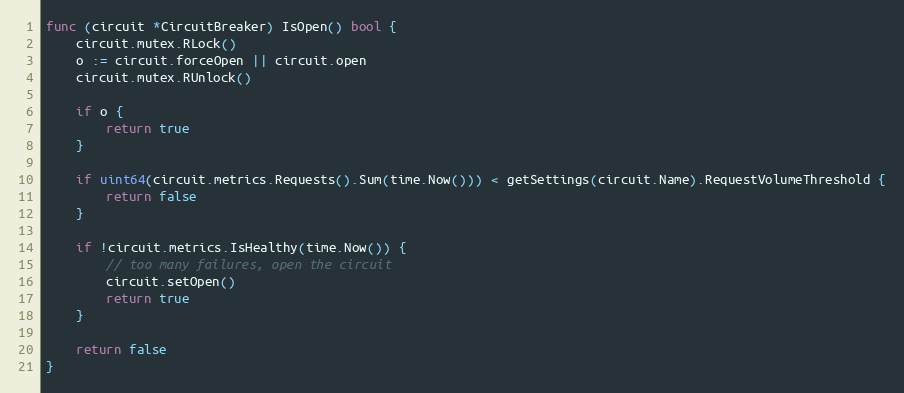
Language: Go
func (circuit *CircuitBreaker) IsOpen() bool {
	circuit.mutex.RLock()
	o := circuit.forceOpen || circuit.open
	circuit.mutex.RUnlock()

	if o {
		return true
	}

	if uint64(circuit.metrics.Requests().Sum(time.Now())) < getSettings(circuit.Name).RequestVolumeThreshold {
		return false
	}

	if !circuit.metrics.IsHealthy(time.Now()) {
		// too many failures, open the circuit
		circuit.setOpen()
		return true
	}

	return false
}